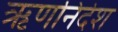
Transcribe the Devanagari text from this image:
ऋणनिर्देश